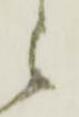
ニ